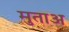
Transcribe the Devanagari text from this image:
मुताअ